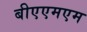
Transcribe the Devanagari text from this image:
बीएएमएम